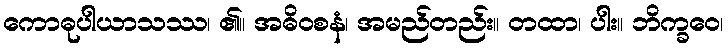
ကောဓုပါယာသဿ၊ ၏။ အဓိဝစနံ၊ အမည်တည်း။ တထာ၊ ပါး။ ဘိက္ခဝေ၊